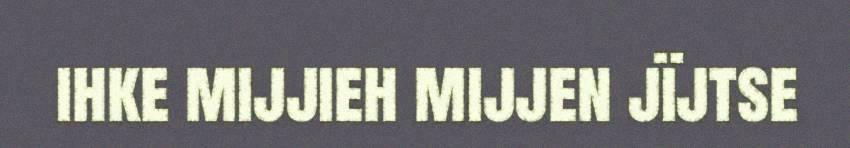
ihke mijjieh mijjen jïjtse